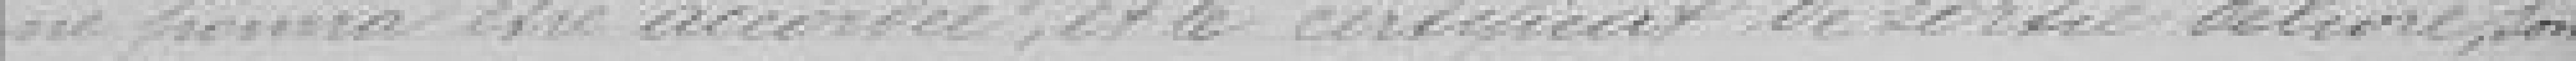
ne pourra être accordé, et le certificat de sortie délivré, sont